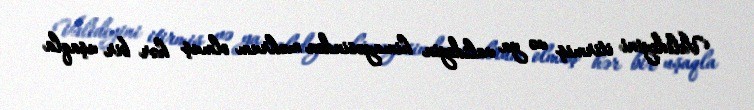
Valideyini itirmiş və ya valideyin himayəsindən məhrum olmuş hər bir uşaqla